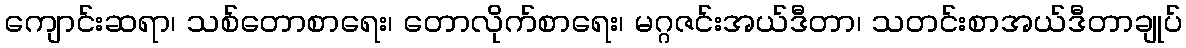
ကျောင်းဆရာ၊ သစ်တောစာရေး၊ တောလိုက်စာရေး၊ မဂ္ဂဇင်းအယ်ဒီတာ၊ သတင်းစာအယ်ဒီတာချုပ်